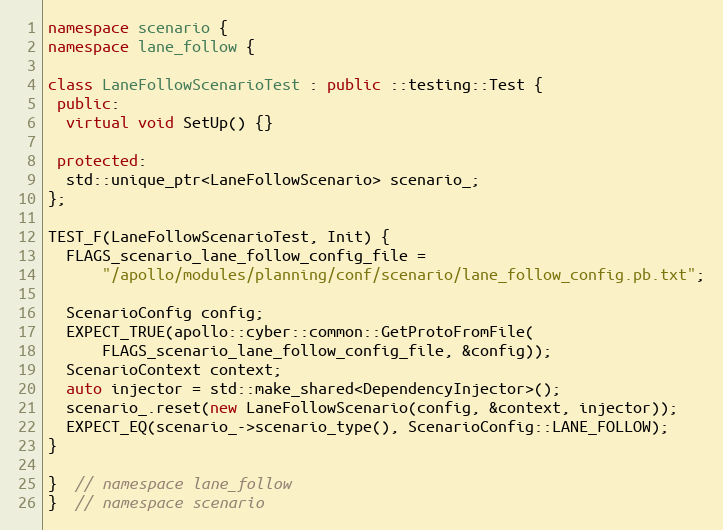
Language: C++
namespace scenario {
namespace lane_follow {

class LaneFollowScenarioTest : public ::testing::Test {
 public:
  virtual void SetUp() {}

 protected:
  std::unique_ptr<LaneFollowScenario> scenario_;
};

TEST_F(LaneFollowScenarioTest, Init) {
  FLAGS_scenario_lane_follow_config_file =
      "/apollo/modules/planning/conf/scenario/lane_follow_config.pb.txt";

  ScenarioConfig config;
  EXPECT_TRUE(apollo::cyber::common::GetProtoFromFile(
      FLAGS_scenario_lane_follow_config_file, &config));
  ScenarioContext context;
  auto injector = std::make_shared<DependencyInjector>();
  scenario_.reset(new LaneFollowScenario(config, &context, injector));
  EXPECT_EQ(scenario_->scenario_type(), ScenarioConfig::LANE_FOLLOW);
}

}  // namespace lane_follow
}  // namespace scenario